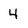
Character: 4